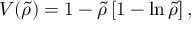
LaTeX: V ( \tilde { \rho } ) = 1 - \tilde { \rho } \left[ 1 - \ln \tilde { \rho } \right] ,